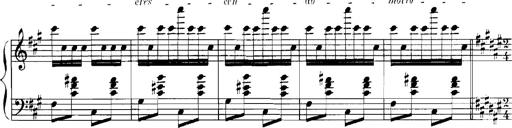
Title: Rhapsodies hongroises
Composer: Franz Liszt